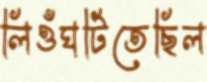
লিওঁঘটিতেছিল